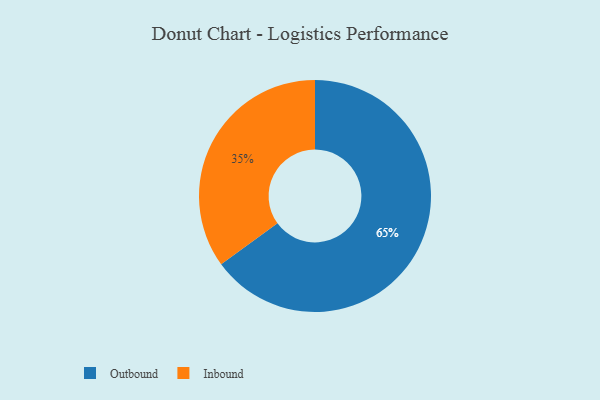
{"axis": {"x": "Category", "y": "Percentage"}, "legend": ["Inbound", "Outbound"], "data": [{"x": "Inbound", "y": 35, "type": "Inbound"}, {"x": "Outbound", "y": 65, "type": "Outbound"}]}